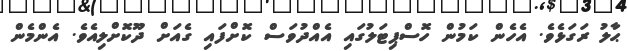
ޙާލު ރަގަޅެވެ. އެހެން ކަމުން ހޮސްޕިޓަލުގައި އެއްދުވަސް ކޮށްފައި ގެއަށް ދޫކޮށްލިއެވެ. އެންމެން